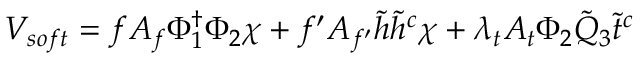
V _ { s o f t } = f A _ { f } \Phi _ { 1 } ^ { \dagger } \Phi _ { 2 } \chi + f ^ { \prime } A _ { f ^ { \prime } } \tilde { h } \tilde { h } ^ { c } \chi + \lambda _ { t } A _ { t } \Phi _ { 2 } { \tilde { Q } } _ { 3 } { \tilde { t } } ^ { c } \,